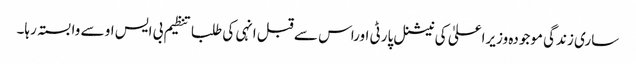
ساری زندگی موجودہ وزیراعلیٰ کی نیشنل پارٹی اوراس سے قبل انہی کی طلبا تنظیم بی ایس او سے وابستہ رہا۔